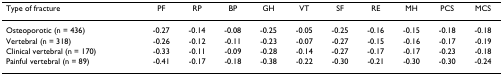
<table><thead><tr><td><b>Type of fracture</b></td><td><b>PF</b></td><td><b>RP</b></td><td><b>BP</b></td><td><b>GH</b></td><td><b>VT</b></td><td><b>SF</b></td><td><b>RE</b></td><td><b>MH</b></td><td><b>PCS</b></td><td><b>MCS</b></td></tr></thead><tbody><tr><td>Osteoporotic (n = 436)</td><td>-0.27</td><td>-0.14</td><td>-0.08</td><td>-0.25</td><td>-0.05</td><td>-0.25</td><td>-0.16</td><td>-0.15</td><td>-0.18</td><td>-0.18</td></tr><tr><td>Vertebral (n = 318)</td><td>-0.26</td><td>-0.12</td><td>-0.11</td><td>-0.23</td><td>-0.07</td><td>-0.27</td><td>-0.15</td><td>-0.16</td><td>-0.17</td><td>-0.19</td></tr><tr><td>Clinical vertebral (n = 170)</td><td>-0.33</td><td>-0.11</td><td>-0.09</td><td>-0.28</td><td>-0.14</td><td>-0.27</td><td>-0.17</td><td>-0.17</td><td>-0.23</td><td>-0.18</td></tr><tr><td>Painful vertebral (n = 89)</td><td>-0.41</td><td>-0.17</td><td>-0.18</td><td>-0.38</td><td>-0.22</td><td>-0.30</td><td>-0.21</td><td>-0.30</td><td>-0.30</td><td>-0.24</td></tr></tbody></table>